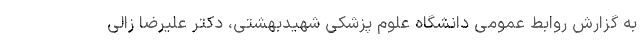
به گزارش روابط عمومی دانشگاه علوم پزشکی شهیدبهشتی، دکتر علیرضا زالی